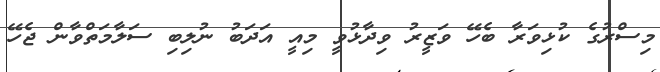
މިސްރުގެ ކުޅިވަރާ ބެހޭ ވަޒީރު ވިދާޅުވީ މިއީ އަދަބު ނުލިބި ސަލާމަތްވާން ޖެހޭ